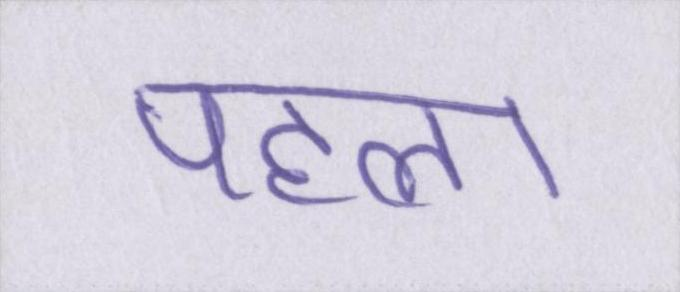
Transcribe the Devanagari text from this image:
पहला